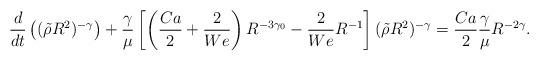
LaTeX: \begin{align*}\frac{d}{dt}\left((\tilde{\rho}R^2)^{-\gamma}\right)+\frac{\gamma}{\mu}\left[\left(\frac{Ca}{2}+\frac{2}{We}\right)R^{-3\gamma_0}-\frac{2}{We}R^{-1}\right](\tilde{\rho}R^2)^{-\gamma}=\frac{Ca}{2}\frac{\gamma}{\mu}R^{-2\gamma}.\end{align*}